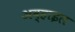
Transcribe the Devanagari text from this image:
अव्हाइल